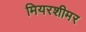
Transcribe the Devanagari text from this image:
मियरशीमर